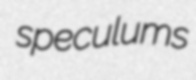
speculums